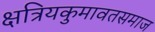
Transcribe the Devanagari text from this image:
क्षत्रियकुमावतसमाज